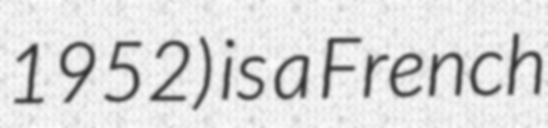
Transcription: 1952) is a French